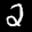
Digit: 2